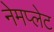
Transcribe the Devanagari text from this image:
नेमप्‍लेट